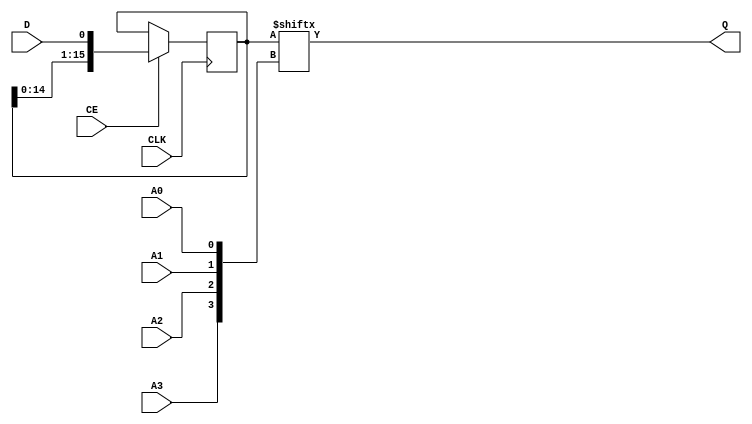
// $Header: /devl/xcs/repo/env/Databases/CAEInterfaces/verunilibs/data/unisims/SRL16E.v,v 1.7.158.1 2007/03/09 18:13:20 patrickp Exp $
///////////////////////////////////////////////////////////////////////////////
// Copyright (c) 1995/2004 Xilinx, Inc.
// All Right Reserved.
///////////////////////////////////////////////////////////////////////////////
//   ____  ____
//  /   /\/   /
// /___/  \  /    Vendor : Xilinx
// \   \   \/     Version : 8.1i (I.13)
//  \   \         Description : Xilinx Functional Simulation Library Component
//  /   /                  16-Bit Shift Register Look-Up-Table with Clock Enable
// /___/   /\     Filename : SRL16E.v
// \   \  /  \    Timestamp : Thu Mar 25 16:43:40 PST 2004
//  \___\/\___\
//
// Revision:
//    03/23/04 - Initial version.
// End Revision

`timescale  1 ps / 1 ps


module SRL16E (Q, A0, A1, A2, A3, CE, CLK, D);

    parameter INIT = 16'h0000;

    output Q;

    input  A0, A1, A2, A3, CE, CLK, D;

    reg  [15:0] data;


    assign Q = data[{A3, A2, A1, A0}];


    always @(posedge CLK)
    begin
	if (CE == 1'b1) begin
	    {data[15:0]} <= #100 {data[14:0], D};
	end
    end


endmodule